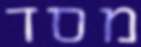
מסד